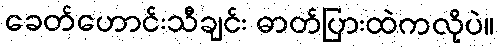
ခေတ်ဟောင်းသီချင်း ဓာတ်ပြားထဲကလိုပဲ။